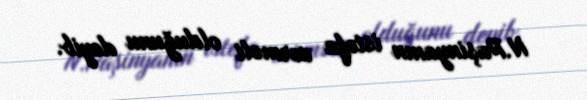
N.Paşinyanın istefa verməli olduğunu deyib.